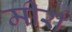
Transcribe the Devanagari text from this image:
मीर्रा